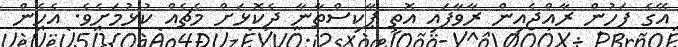
އޭގެ ފަހުން ރާއްޖެއިން ރާވާފައި އޮތީ ޕާކިސްތާނާ ދެކޮޅަށް މެޗެއް ކުޅުމަށެވެ. އެހެން